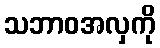
သဘာဝအလှကို